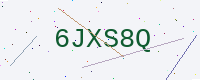
Text: 6JXS8Q